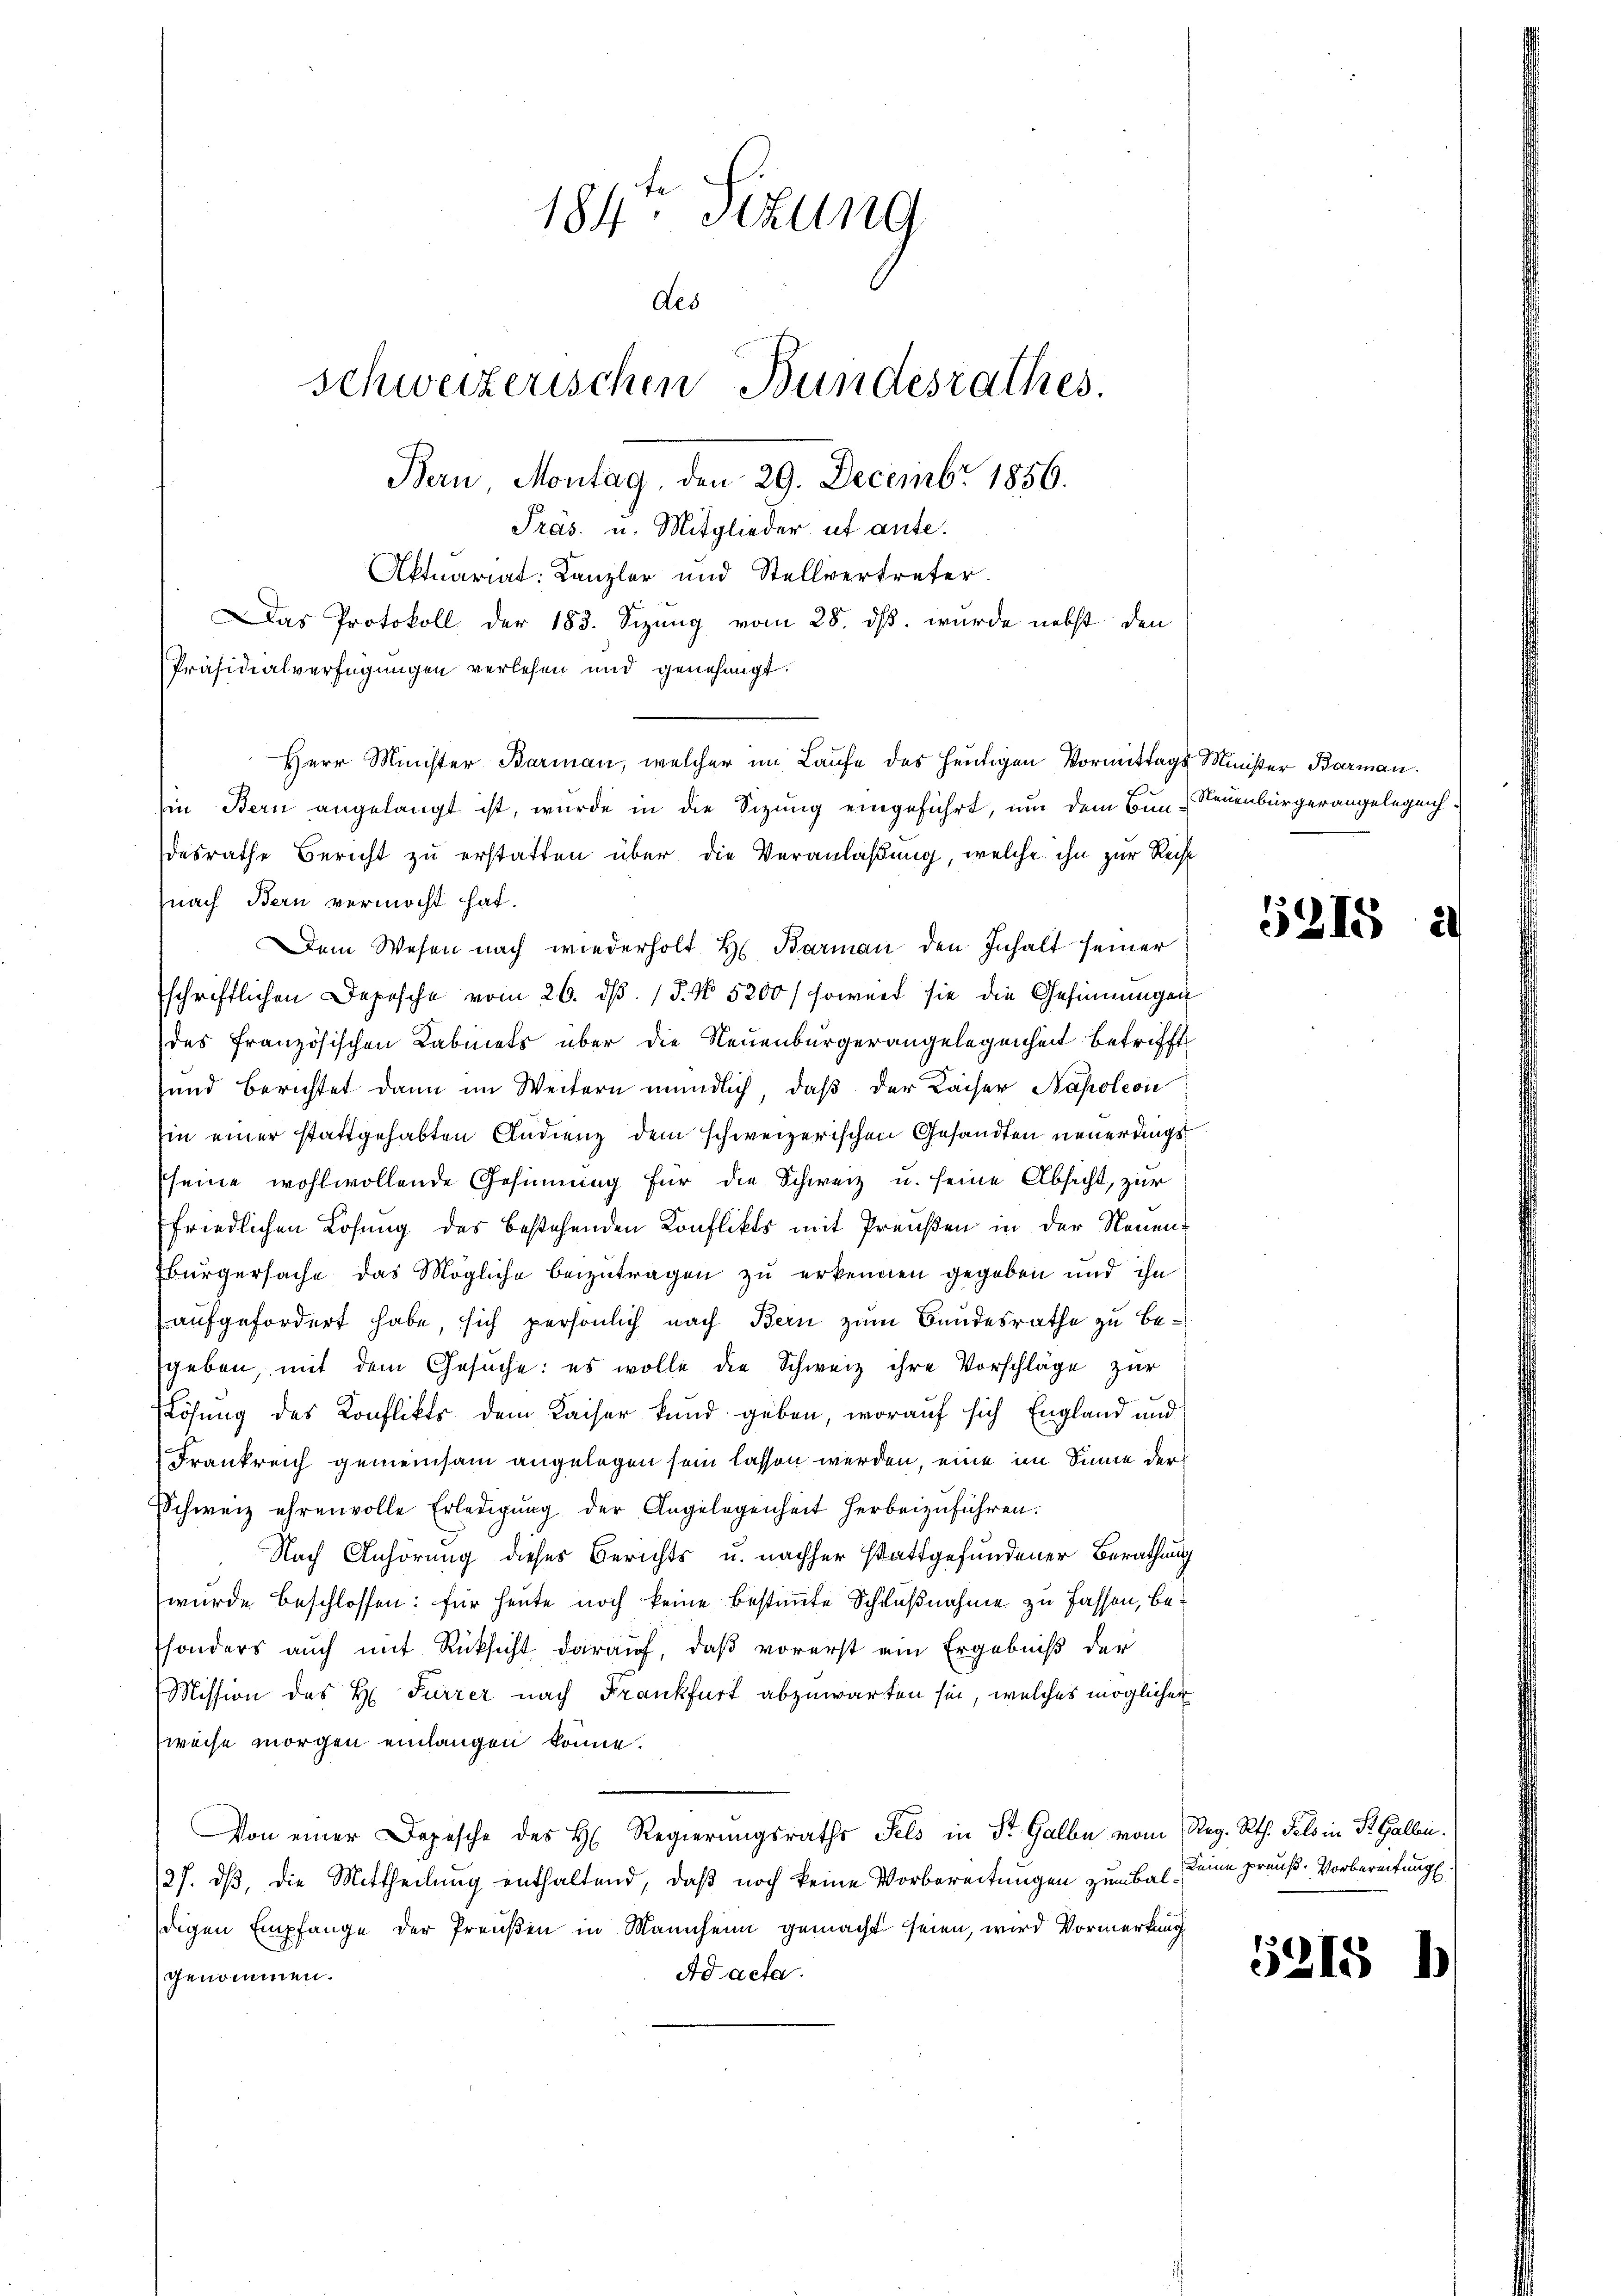
nach Bern vermocht hat.
Dem Wesen nach wiederholt Hr. Karman den Inhalt seiner
schriftlichen Depesche vom 26. dβ. / 5. No. 5200) soweit sie die Gesinnungen
des französischen Kabinets über die Neuenburgerangelegenheit betrifft
und berichtet dann im Weitern mündlich, daß der Lacher Napoleon
in einer stattgehabten Studienz dem schweizerischen Gesandten neuerdings
seine wohlwollende Gesinnung für die Schweiz u. seine Absicht, zur
friedlichen Losung des bestehenden Konflikts mit Preußen in der Neuen
bürgersache das Mögliche beizutragen zu erkennen gegeben und ihn
aufgefordert habe, sich persönlich nach Bern zum Bandesrathe zu besgeben, mit dem Gesuche: es wolle die Schweiz ihre Vorschläge zur
Rösung des Konflikts dem Kaiser kund geben, worauf sich England und
Frankreich gemeinsam angelegen sein lassen werden, eine im Sinne der
Schweiz ehrenvolle Erledigŭng der Angelegenheit herbeizuführen.
Nach Anhörung dieses Berichts u. nachher stattgefundener Berathung
wurde beschlossen: für heute noch keine bestimmte Schlußnahme zu fassen, besonders auch mit Rücksicht darauf, daß vorerst ein Ergebniß der
Mission des H. Furrer nach Frankfurt abzuwarten sei, welches möglicher
weise morgen einlangen könne.
Von einer Depesche des H. Regierungsraths Fels in St. Galbe vom Reg. Rth. Selo in R. Gallen.
27. dβ, die Mittheilung enthaltend, daß noch keine Vorbereitungen zum Baldigen Empfange der Preußen in Mannheim gemacht seien, wird Vormerkung
Ad acta.
genommen.

184. Sizung
des
schweizerischen Bundesrathes.
Bern, Montag, den 29. Decembr 1856.
Präs. u. Mitglieder ut ante.
Aktuariat Kanzler und Stellvertreter
Das Protokoll der 183. Sizung vom 28. ds. wurde nebst den
Präsidialverfügungen verlesen und genehmigt.

Herr Minister Barman, welcher im Laufe des heutigen Vormittags Minister Barman
in Bern angelangt ist, wurde in die Sitzung eingeführt, um dem Bun- Neuenbürgerangelegendesrathe Bericht zu erstatten über die Veranlaßung, welche ihn zur Recht

5215

Keine preuß-Vorbereitung.

5215